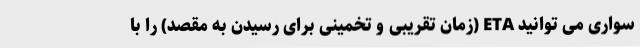
سواری می توانید ETA (زمان تقریبی و تخمینی برای رسیدن به مقصد) را با